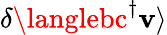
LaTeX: \delta\langlebc^{\dagger}\mathbf{v}\rangle